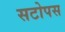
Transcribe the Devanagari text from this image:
सटोपस